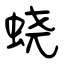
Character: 蛲